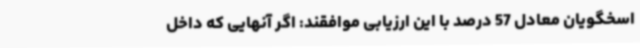
اسخگویان معادل 57 درصد با این ارزیابی موافقند: اگر آنهایی که داخل